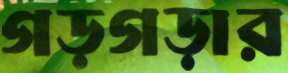
গড়গড়ার